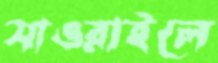
সাওরাইলে